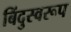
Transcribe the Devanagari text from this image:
बिंदुस्वरूप